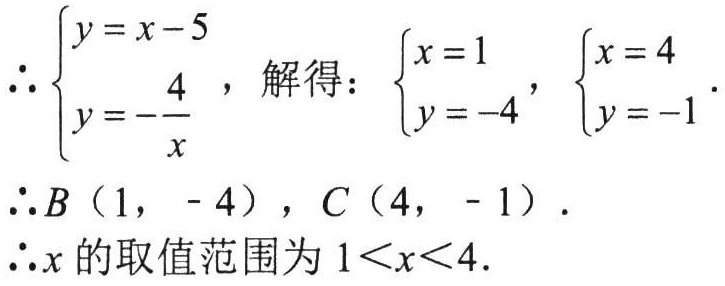
\(\therefore\begin{cases}y = x - 5\\y = -\dfrac{4}{x}\end{cases}\)，解得：\(\begin{cases}x = 1\\y = - 4\end{cases}\)，\(\begin{cases}x = 4\\y = - 1\end{cases}\).

\(\therefore B(1, - 4)\)，\(C(4, - 1)\).

\(\therefore x\)的取值范围为\(1<x<4\).